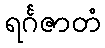
ရင်္ဂဇာတံ